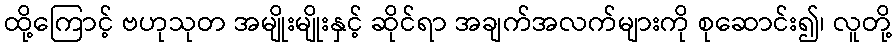
ထို့ကြောင့် ဗဟုသုတ အမျိုးမျိုးနှင့် ဆိုင်ရာ အချက်အလက်များကို စုဆောင်း၍၊ လူတို့